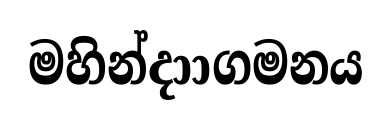
මහින්දාාගමනය